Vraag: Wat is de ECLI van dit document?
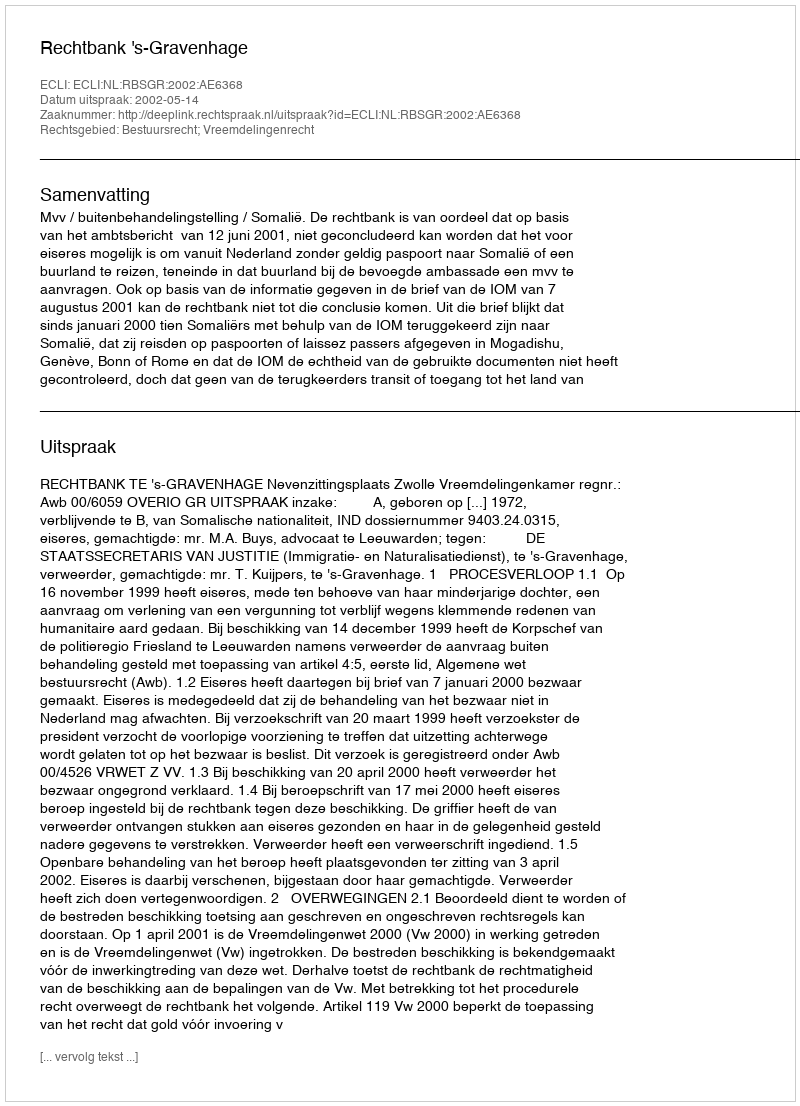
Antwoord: ECLI:NL:RBSGR:2002:AE6368